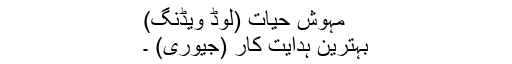
مہوش حیات (لوڈ ویڈنگ)
بہترین ہدایت کار (جیوری) ۔